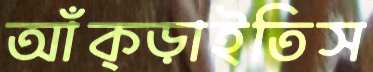
আঁক্‌ড়াইতিস